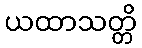
ယထာသတ္တိ